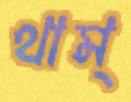
থাম্‌